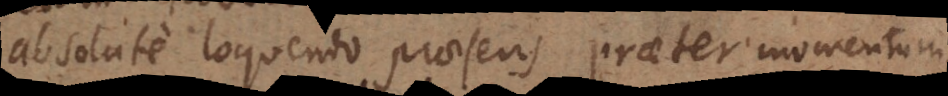
absolute loquendo praesens praeter momentum.